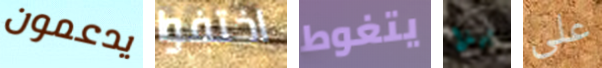
يدعمون اختفوا يتغوط بهذا على